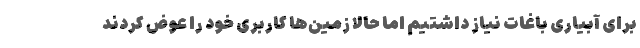
برای آبیاری باغات نیاز داشتیم اما حالا زمین‌ها کاربری خود را عوض کردند